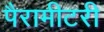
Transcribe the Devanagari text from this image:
पैरामीटरी